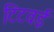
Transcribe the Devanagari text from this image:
टिटवई